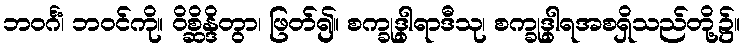
ဘဝင်္ဂံ၊ ဘဝင်ကို။ ဝိစ္ဆိန္ဒိတွာ၊ ဖြတ်၍။ စက္ခုဒွါရာဒီသု၊ စက္ခုဒွါရအစရှိသည်တို့၌။